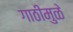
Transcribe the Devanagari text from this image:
गाठीमुळे